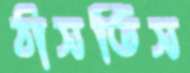
ঠাসতিস